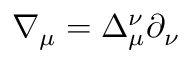
\nabla _ { \mu } = \Delta _ { \mu } ^ { \nu } \partial _ { \nu }